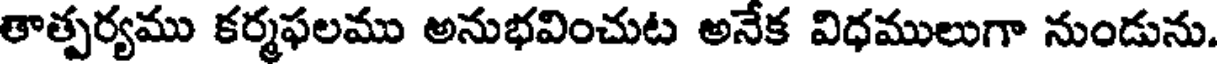
తాత్పర్యము కర్మఫలము అనుభవించుట అనేక విధములుగా నుండును.